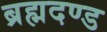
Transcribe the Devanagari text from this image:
ब्रह्मदण्ड